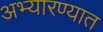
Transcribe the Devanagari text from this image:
अभ्यारण्यात